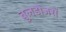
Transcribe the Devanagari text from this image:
बुलडोजरों